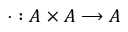
\cdot : A \times A \longrightarrow A